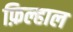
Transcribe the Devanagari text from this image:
फ़िल्हाल